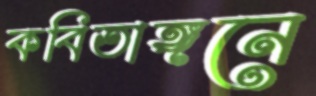
কবিতাঙ্গনে